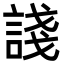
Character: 諓